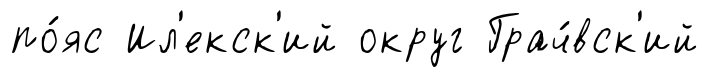
по́яс Ил'екск'ий округ Грач́вск'ий